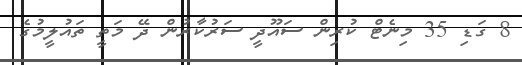
8 ގަޑި 35 މިނެޓް ކުރިން ސައޫދީ ސަރުކާރުން ދޭ މަތީ ތައުލީމުގެ